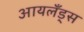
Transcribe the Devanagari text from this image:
आयलँड्स